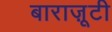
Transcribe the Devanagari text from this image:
बाराज़ूटी